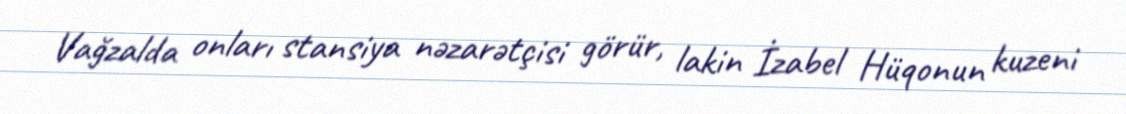
Vağzalda onları stansiya nəzarətçisi görür, lakin İzabel Hüqonun kuzeni